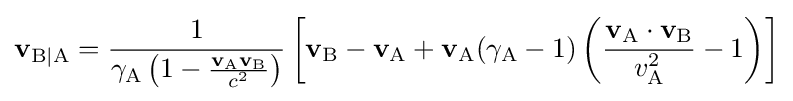
\mathbf {v} _{\mathrm {B|A} }={\frac {1}{\gamma _{\mathrm {A} }\left(1-{\frac {\mathbf {v} _{\mathrm {A} }\mathbf {v} _{\mathrm {B} }}{c^{2}}}\right)}}\left[\mathbf {v} _{\mathrm {B} }-\mathbf {v} _{\mathrm {A} }+\mathbf {v} _{\mathrm {A} }(\gamma _{\mathrm {A} }-1)\left({\frac {\mathbf {v} _{\mathrm {A} }\cdot \mathbf {v} _{\mathrm {B} }}{v_{\mathrm {A} }^{2}}}-1\right)\right]